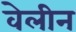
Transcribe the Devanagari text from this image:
वेलीन